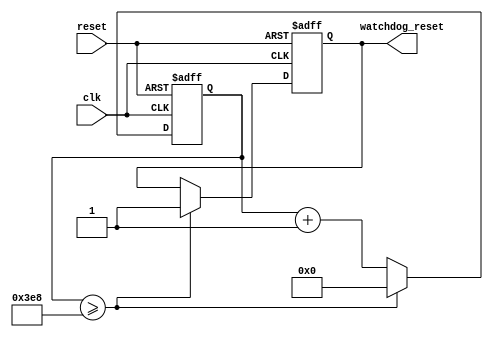
module watchdog_timer(
    input wire clk,
    input wire reset,
    output reg watchdog_reset
);

parameter TIMEOUT = 1000; // set timeout value

reg [31:0] count;

always @ (posedge clk or posedge reset) begin
    if (reset) begin
        count <= 0; // reset count
        watchdog_reset <= 0; // clear watchdog reset signal
    end else begin
        count <= count + 1; // increment count
        if (count >= TIMEOUT) begin
            watchdog_reset <= 1; // trigger reset signal if timeout
            count <= 0; // reset count
        end
    end
end

endmodule